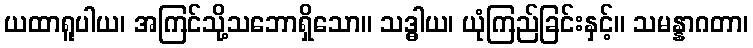
ယထာရူပါယ၊ အကြင်သို့သဘောရှိသော။ သဒ္ဓါယ၊ ယုံကြည်ခြင်းနှင့်။ သမန္နာဂတာ၊